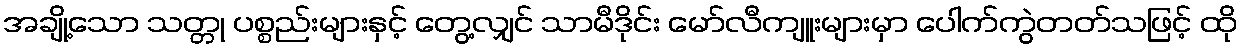
အချို့သော သတ္တု ပစ္စည်းများနှင့် တွေ့လျှင် သာမီဒိုင်း မော်လီကျူးများမှာ ပေါက်ကွဲတတ်သဖြင့် ထို